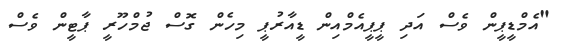
"އެމްޑީޕީން ވެސް އަދި ޕީޕީއެމްއިން ޑީއާރުޕީ މިހެން ގޮސް ޖުމްހޫރީ ޕާޓީން ވެސް